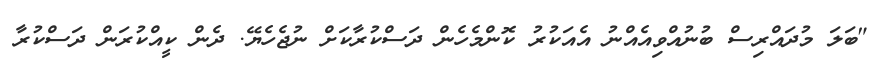
"ބަލަ މުދައްރިސް ބުނުއްވިއެއްނު އެއަކުރު ކޮންމެހެން ދަސްކުރާކަށް ނުޖެހެޔޭ. ދެން ކީއްކުރަން ދަސްކުރާ